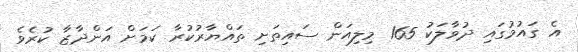
އެ ގައުމުގައި ދުވާލަކު 165 މިލިއަން ސައިތަށި ތައްޔާރުކުރާ ކަމަށް އަންދާޒާ ކުރެވެ